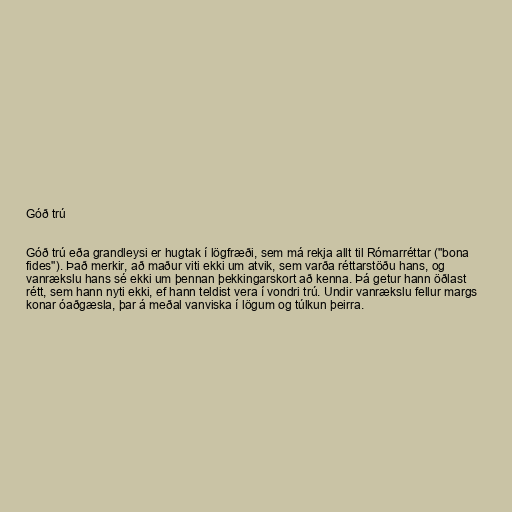
Góð trú

Góð trú eða grandleysi er hugtak í lögfræði, sem má rekja allt til Rómarréttar ("bona
fides"). Það merkir, að maður viti ekki um atvik, sem varða réttarstöðu hans, og
vanrækslu hans sé ekki um þennan þekkingarskort að kenna. Þá getur hann öðlast
rétt, sem hann nyti ekki, ef hann teldist vera í vondri trú. Undir vanrækslu fellur margs
konar óaðgæsla, þar á meðal vanviska í lögum og túlkun þeirra.